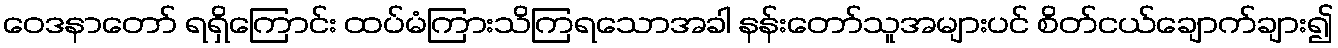
ဝေဒနာတော် ရရှိကြောင်း ထပ်မံကြားသိကြရသောအခါ နန်းတော်သူအများပင် စိတ်ငယ်ချောက်ချား၍